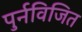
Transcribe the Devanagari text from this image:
पुर्नविजित